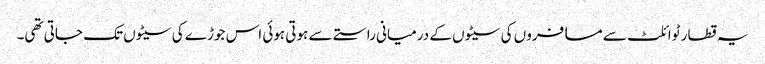
یہ قطار ٹوائلٹ سے مسافروں کی سیٹوں کے درمیانی راستے سے ہوتی ہوئی اس جوڑے کی سیٹوں تک جاتی تھی۔